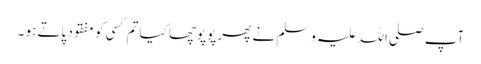
آپ صلی اللہ علیہ وسلم نے پھر پوپوچھا کیا تم کسی کو مفقود پاتے ہو ۔